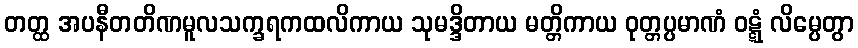
တတ္ထ အပနီတတိဏမူလသက္ခရကထလိကာယ သုမဒ္ဒိတာယ မတ္တိကာယ ဝုတ္တပ္ပမာဏံ ဝဋ္ဋံ လိမ္ပေတွာ